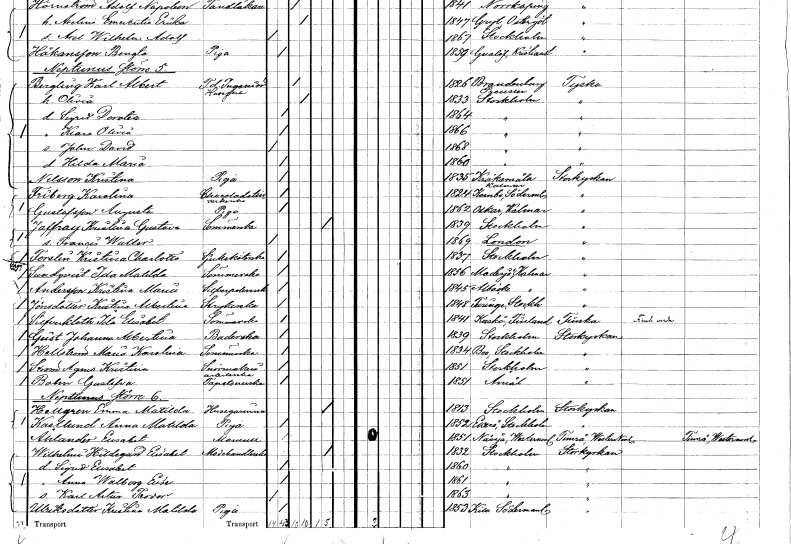
gt_parse: households: individuals: FN: Karolina
EN: Friberg
YRKE: Chokladtillverkare
KON: K
CIV: O
FODAR: 1824
FODFORS: Kärnbo Södermanlands län
FN: Augusta
EN: Gustafsson
YRKE: Piga
KON: K
CIV: O
FODAR: 1862
FODFORS: Oskar Kalmar län
FN: Kristina Gustava
EN: Jaffray
YRKE: Sömmerska
KON: K
CIV: E
FODAR: 1839
FODFORS: Stockholm
FN: Fransis Walter
KON: M
CIV: O
FODAR: 1869
FN: Kristina Charlotta
EN: Torslin
YRKE: Sjuksköterska
KON: K
CIV: O
FODAR: 1837
FODFORS: Stockholm
FN: Ida Matilda
EN: Sundqvist
YRKE: Sömmerska
KON: K
CIV: O
FODAR: 1856
FODFORS: Madesjö Kalmar län
FN: Kristina Maria
EN: Andersson
YRKE: Silverpolererska
KON: K
CIV: O
FODAR: 1845
FODFORS: Alsike Uppsala län
FN: Kristina Albertina
EN: Jönsdotter
YRKE: Strykerska
KON: K
CIV: O
FODAR: 1848
FODFORS: Turinge Stockholms län
FN: Ida Elisabet
EN: Silfverkloth
YRKE: Sömmerska
KON: K
CIV: O
FODAR: 1841
FN: Johanna Albertina
EN: Geist
YRKE: Baderska
KON: K
CIV: O
FODAR: 1839
FODFORS: Stockholm
FN: Maria Karolina
EN: Hellström
YRKE: Sömmerska
KON: K
CIV: O
FODAR: 1834
FODFORS: Boo Stockholms län
FN: Agnes Kristina
EN: Ström
YRKE: Snörmakeriarbetare
KON: K
CIV: O
FODAR: 1851
FODFORS: Stockholm
FN: Gustafva
EN: Bolin
YRKE: Tapetsererska
KON: K
CIV: O
FODAR: 1851
FODFORS: Åmål Älvsborgs län
FN: Emma Matilda
EN: Hellgren
YRKE: Husägarinna
KON: K
CIV: E
FODAR: 1813
FODFORS: Stockholm
FN: Anna Matilda
EN: Kastlund
YRKE: Piga
KON: K
CIV: O
FODAR: 1852
FODFORS: Ekerö Stockholms län
FN: Elisabet
EN: Åhlander
KON: K
CIV: O
FODAR: 1851
FODFORS: Hässjö Västernorrlands län
FN: Hildegard Elisabet
EN: Wilhelm
YRKE: Modehandlerska
KON: K
CIV: E
FODAR: 1832
FODFORS: Stockholm
FN: Sigurd Elisabet
KON: K
CIV: O
FODAR: 1860
FODFORS: Stockholm
FN: Anna Walborg Elise
KON: K
CIV: O
FODAR: 1861
FODFORS: Stockholm
FN: Karl Artur Teodor
KON: M
CIV: O
FODAR: 1863
FODFORS: Stockholm
FN: Kristina Matilda
EN: Ulriksdotter
YRKE: Piga
KON: K
CIV: O
FODAR: 1853
FODFORS: Kila Södermanlands län